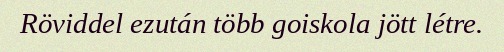
Röviddel ezután több goiskola jött létre.